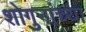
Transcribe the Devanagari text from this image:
शोगुनांच्या